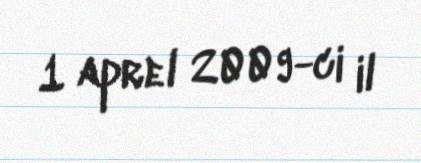
1 aprel 2009-ci il